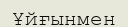
Ұйғынмен